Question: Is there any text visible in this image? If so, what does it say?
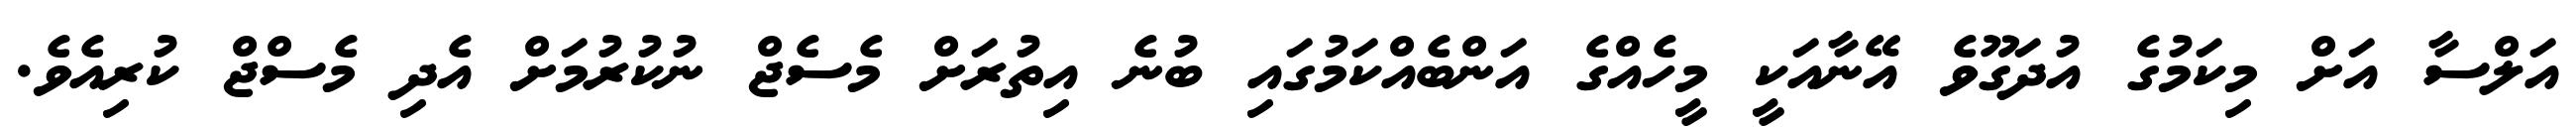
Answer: އަލްސާ އަށް މިކަމުގެ އުދަގޫވެ އޭނާއަކީ މީހެއްގެ އަންބެއްކަމުގައި ބުނެ އިތުރަށް މެސެޖް ނުކުރުމަށް އެދި މެސްޖް ކުރިއެވެ.